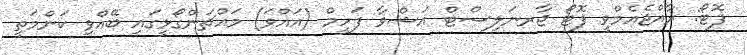
ފޮޓޯ: ރާއްޖެއެމްވީ ފޮޓޯ ޖާރނަލިސްޓް އަޝްވާ ފަހީމް (އައްވަ) މައްޗަންގޯޅީގައި ބޭއްވި ކަންމަތީ